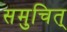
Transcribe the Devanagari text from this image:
समुचित्‌